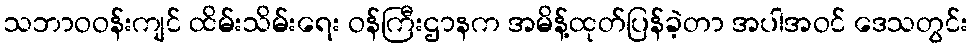
သဘာဝဝန်းကျင် ထိမ်းသိမ်းရေး ဝန်ကြီးဌာနက အမိန့်ထုတ်ပြန်ခဲ့တာ အပါအဝင် ဒေသတွင်း